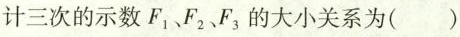
计三次的示数F_{1}、F_{2}、F_{3}的大小关系为()